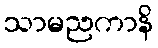
သာမညကာနိ